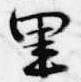
里